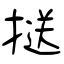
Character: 𢱤